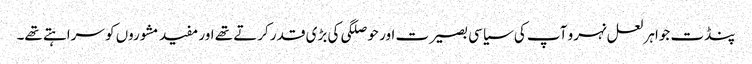
پنڈت جواہر لعل نہرو آپ کی سیاسی بصیرت اور حوصلگی کی بڑی قدر کرتے تھے اور مفید مشوروں کو سراہتے تھے۔